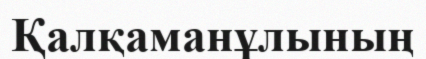
Қалқаманұлының